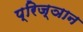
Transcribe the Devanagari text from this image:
प्रिज्ञान